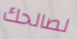
لصالحك